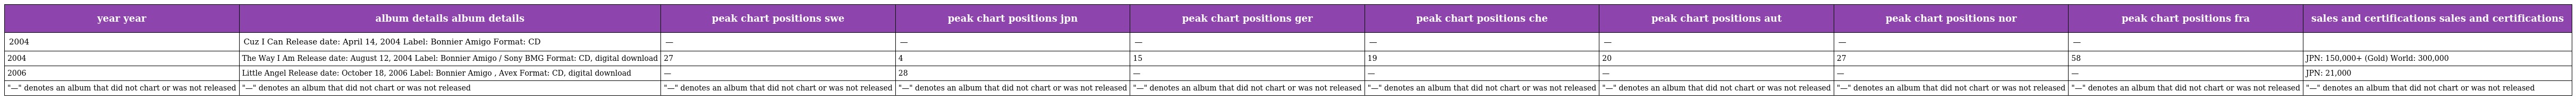
| year year | album details album details | peak chart positions swe | peak chart positions jpn | peak chart positions ger | peak chart positions che | peak chart positions aut | peak chart positions nor | peak chart positions fra | sales and certifications sales and certifications |
 | --- | --- | --- | --- | --- | --- | --- | --- | --- | --- |
 | 2004 | Cuz I Can Release date: April 14, 2004 Label: Bonnier Amigo Format: CD | — | — | — | — | — | — | — |  |
 | 2004 | The Way I Am Release date: August 12, 2004 Label: Bonnier Amigo / Sony BMG Format: CD, digital download | 27 | 4 | 15 | 19 | 20 | 27 | 58 | JPN: 150,000+ (Gold) World: 300,000 |
 | 2006 | Little Angel Release date: October 18, 2006 Label: Bonnier Amigo , Avex Format: CD, digital download | — | 28 | — | — | — | — | — | JPN: 21,000 |
 | "—" denotes an album that did not chart or was not released | "—" denotes an album that did not chart or was not released | "—" denotes an album that did not chart or was not released | "—" denotes an album that did not chart or was not released | "—" denotes an album that did not chart or was not released | "—" denotes an album that did not chart or was not released | "—" denotes an album that did not chart or was not released | "—" denotes an album that did not chart or was not released | "—" denotes an album that did not chart or was not released | "—" denotes an album that did not chart or was not released |